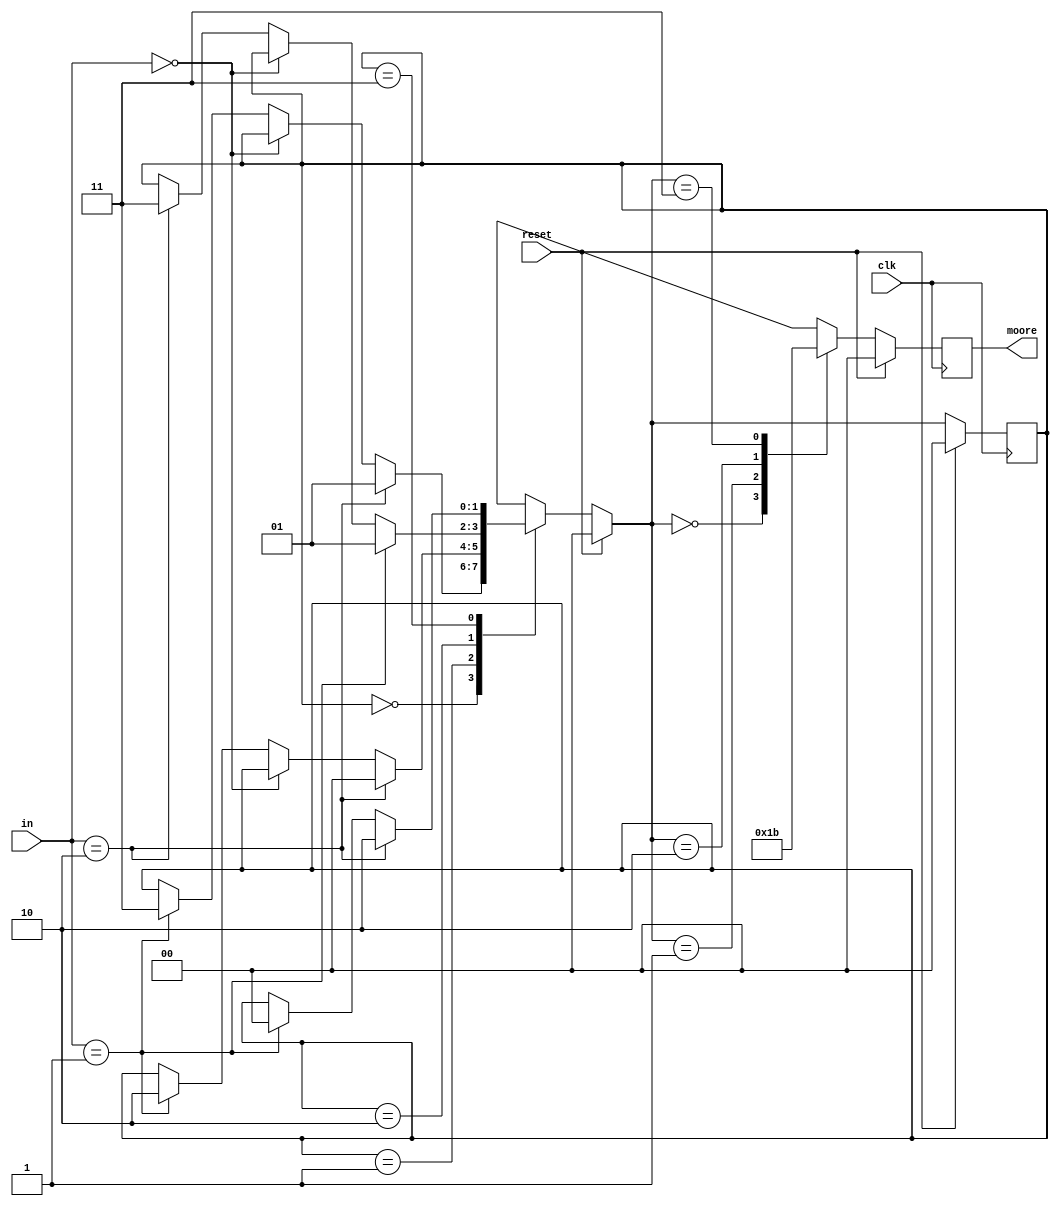
module my_moore1 (clk,reset,in,moore);
  input     clk, reset;
  input  [1:0]  in;
  output [1:0]  moore;
  
  reg[1:0]      moore=0;                              // No ha puesto valores a 0 de inicio
  reg[1:0]      state=0, nextstate=0;

  parameter E0 = 2'b00, E1 = 2'b01, E2 = 2'b10, E3 = 2'b11;

  always @ (posedge clk) begin
    if (reset)
      begin
        state <= E0;
        moore <= 2'b00;
      end                                            // He quitado un punto y coma que Qfsm ha puesto aqu
    else
      begin
        state <= nextstate;
        case (nextstate)
          E0:
            moore <= 2'b00;
          E1:
            moore <= 2'b01;
          E2:
            moore <= 2'b10;
          E3:
            moore <= 2'b11;
        endcase
      end
  end

  always @ (reset or in or state) begin
    if (reset)
      nextstate = E0;
    else begin
      nextstate = state;
      case (state)
        E0:
        begin
          if (in==2'b10)
          begin
            nextstate = E1;
          end
          else if (in==2'b00)
          begin
          end
          else if (in==2'b01)
          begin
            nextstate = E3;
          end
          else if (in==2'b11)
          begin
          end
        end
        E1:
        begin
          if (in==2'b10)
          begin
            nextstate = E0;
          end
          else if (in==2'b00)
          begin
          end
          else if (in==2'b01)
          begin
            nextstate = E2;
          end
          else if (in==2'b11)
          begin
          end
        end
        E2:
        begin
          if (in==2'b01)
          begin
            nextstate = E1;
          end
          else if (in==2'b00)
          begin
          end
          else if (in==2'b10)
          begin
            nextstate = E3;
          end
          else if (in==2'b11)
          begin
          end
        end
        E3:
        begin
          if (in==2'b10)
          begin
            nextstate = E2;
          end
          else if (in==2'b01)
          begin
            nextstate = E0;
          end
          else if (in==2'b00)
          begin
          end
          else if (in==2'b11)
          begin
          end
        end
      endcase
    end
  end

endmodule